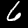
Digit: 6